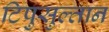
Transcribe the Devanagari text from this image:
टिपुसुल्तान